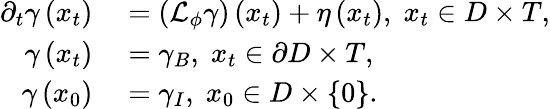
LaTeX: \begin{array}{rl}{\partial_{t}\gamma\left(x_{t}\right)}&{{}=\left(\mathcal{L}_{\phi}\gamma\right)\left(x_{t}\right)+\eta\left(x_{t}\right),\; x_{t}\in D\times T,}\\ {\gamma\left(x_{t}\right)}&{{}=\gamma_{B},\; x_{t}\in\partial D\times T,}\\ {\gamma\left(x_{0}\right)}&{{}=\gamma_{I},\; x_{0}\in D\times\{ 0\} .}\end{array}